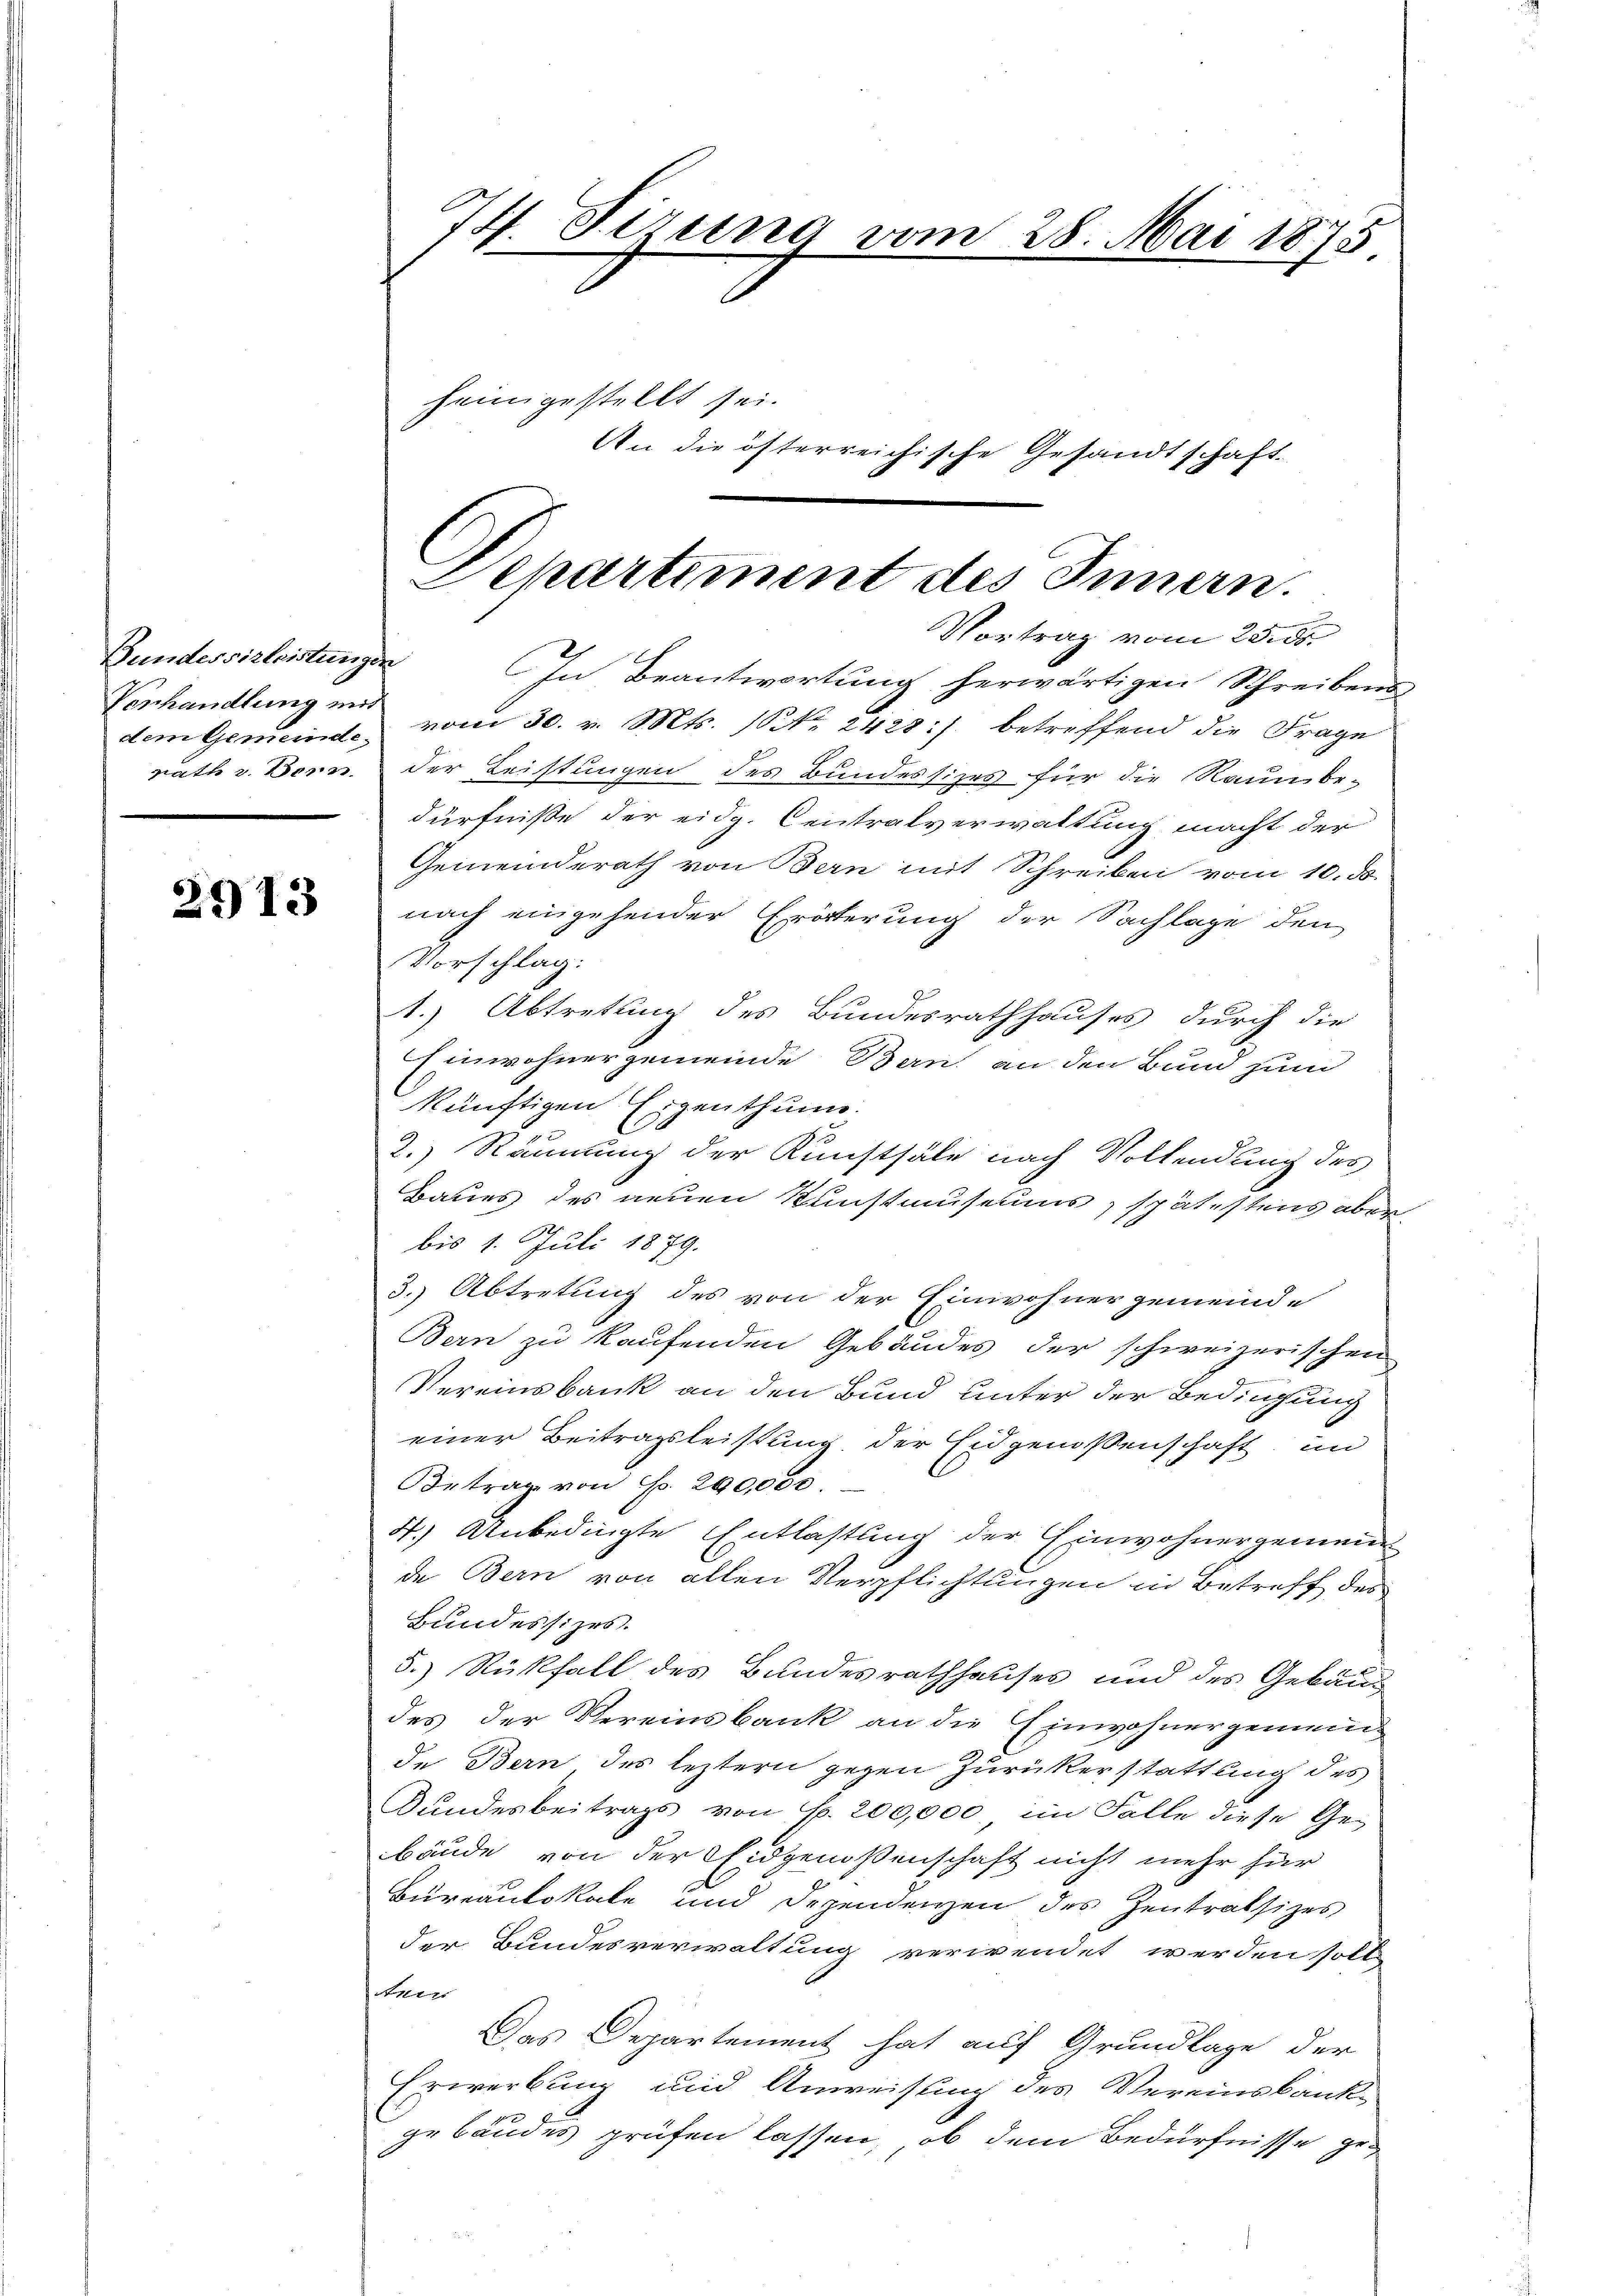
Bundesserleistungen
Verhandlung mit

2913

74. Sirung vom 28. Mai 1875
heimgestellt sei.
An die österreichische Gesandtschaft.

Departement des Innern.
Vortrag vom 25. ds.

In Beantwortung herwärtigen Schreibens
dem Gemeinde vom 30. v. Mts. (S. 2428 :/ betreffend die Frage
nath v. Bern. Der Leistungen des Bundessizes für die Raum be-
dürfniße der eidg. Centralverwaltung macht der
Gemeinderath von Bern mit Schreiben vom 10. ds.
nach eingehender Erörterung der Sachlage den
Vorschlag:
1.) Abtretung des Bundesrathhauses durch die
Einwohnergemeinde Bern an den Bund zum
künftigen Eigenthung.
2.) Räumung der Kunstsäle nach Vollendung des
Baues des neuen Kunstmuseums, spätestens aber
bis 1. Juli 1879.
3. Abtretung des von der Einwohnergemeinde
Bern zu kaufenden Gebäudes der schweizerischen
Vereinsbank an den Bund unter der Bedingung
einer Beitragsleistung der Eidgenossenschaft im
Betrag von No. 200,000.
4.) Unbedingte Entlastung der Einwohnergemeinde Bern von allen Verpflichtungen in Betreff des
Bundessizes.
5.) Rückfall des Bundesrathhauses und des Gebäudes der Vereinsbank an die Einwohnergemeindde Bern, des leztern gegen Zurückerstattung des
Bundesbeitrags von N. 200,000 im Falle diese Gebäude von der Eidgenoßenschaft nicht mehr für
Büreaulokale und Dezendenzen des Zentratsizes
der Bundesverwaltung verwendet werden soll
sten
Das Departement hat auf Grundlage der
Erwerbung und Anweisung des Vereinsbank-
gebäudes prüfen lassen, ob dem Bedürfnisse ge¬